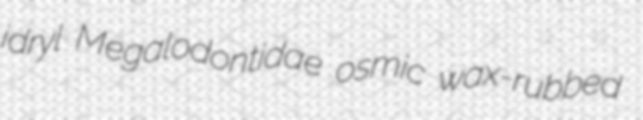
idryl Megalodontidae osmic wax-rubbed